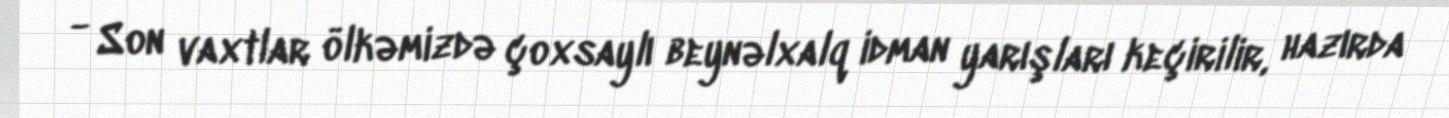
- Son vaxtlar ölkəmizdə çoxsaylı beynəlxalq idman yarışları keçirilir, hazırda